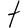
Character: t